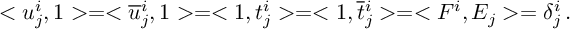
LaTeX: < u _ { j } ^ { i } , 1 > = < \overline { { { u } } } { } _ { j } ^ { i } , 1 > = < 1 , t _ { j } ^ { i } > = < 1 , \overline { { { t } } } { } _ { j } ^ { i } > = < F ^ { i } , E _ { j } > = \delta _ { j } ^ { i } \, .